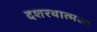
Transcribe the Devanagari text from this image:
दशरथात्मजः